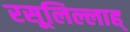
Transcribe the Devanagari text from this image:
रसूलिल्लाह्